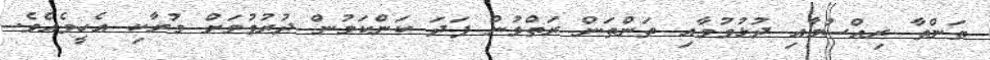
ތަންތާ ރިއްސުމާއި ދުޅުވުމާއި ތަންތަން ރަތްވުން ފަދަ ކަންކަމުން ދުރުވުމަށް މުރާކި އެހީވެއެވެ.